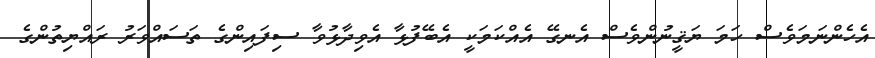
އެހެންނަމަވެސް ހަމަ ޔަޤީނުންވެސް އެނގޭ އެއްކަމަކީ އެބޭފުޅާ އެވިދާޅުވާ ސިފައިންގެ ތަސައްވަރު ރައްޔިތުންގެ